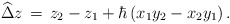
\begin{align*}\widehat\Delta z \,=\, z_2 - z_1 + \hbar\left(x_1 y_2 - x_2 y_1\right).\end{align*}